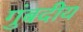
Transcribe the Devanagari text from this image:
गुंबदीय